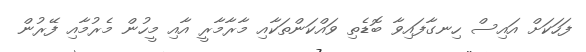
ފަހަކަށް އައިސް ހިނގާފައިވާ ބޮޑެތި ވައްކަންތަކާއި މާރާމާރީ އާއި މީހުން މެރުމާއި ފޭރުން